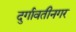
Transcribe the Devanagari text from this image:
दुर्गावतीनगर